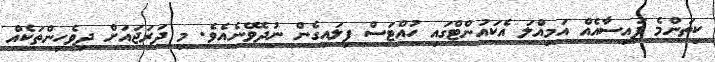
ކިތަންމެ ފައިސާއެއް އަމިއްލަ އެކައުންޓްގައި ހުއްޓަސް ފިލައިގެން ނުދެވޭނެއެވެ. މި ދަރަޖައަށް ދިވެހިންތަކެއް